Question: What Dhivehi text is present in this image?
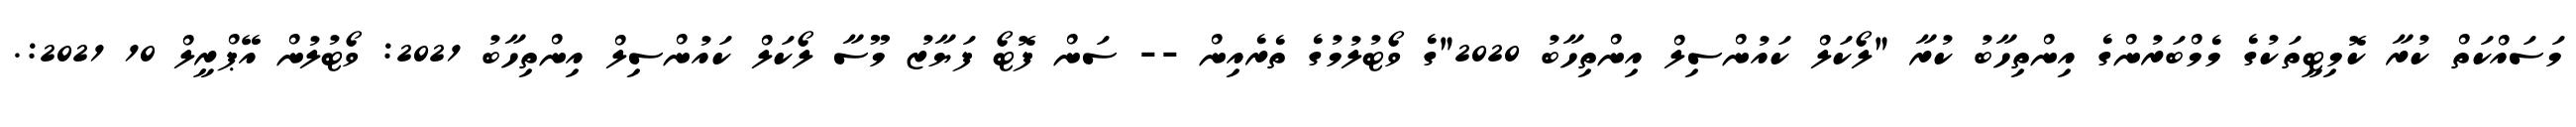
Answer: މަސައްކަތް ކުރާ ކޮމިޓީތަކުގެ މެމްބަރުންގެ އިންތިހާބު ކުރާ "ލޯކަލް ކައުންސިލް އިންތިހާބު 2020"ގެ ވޯޓުލުމުގެ ތެރެއިން -- ސަން ފޮޓޯ ފަޔާޒު މޫސާ ލޯކަލް ކައުންސިލް އިންތިހާބު 2021: ވޯޓުލުން އޭޕްރީލް 10 2021:.